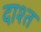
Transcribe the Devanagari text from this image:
दाश्त